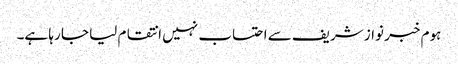
ہوم خبر نواز شریف سے احتساب نہیں انتقام لیا جا رہا ہے۔